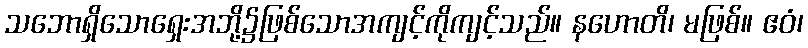
သဘောရှိသောရှေးအဘို့၌ဖြစ်သောအကျင့်ကိုကျင့်သည်။ နဟောတိ၊ မဖြစ်။ ဧဝံ၊